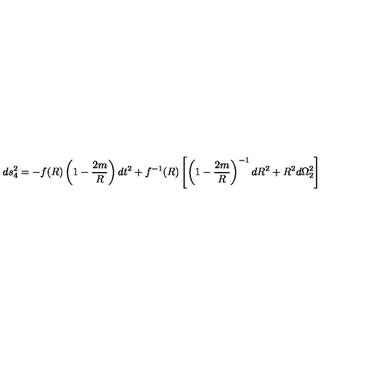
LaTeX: d s _ { 4 } ^ { 2 } = - f ( R ) \left( 1 - \frac { 2 m } { R } \right) d t ^ { 2 } + f ^ { - 1 } ( R ) \left[ \left( 1 - \frac { 2 m } { R } \right) ^ { - 1 } d R ^ { 2 } + R ^ { 2 } d \Omega _ { 2 } ^ { 2 } \right]